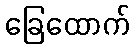
ခြေထောက်